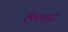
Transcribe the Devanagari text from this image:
७००२